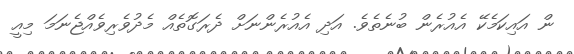
ން އައިކަމެކޭ އެއުރެން ބުނެތެވެ. އަދި އެއުރެންނަށް ދެރަގޮތެއް މެދުވެރިވެއްޖެނަމަ މިއީ